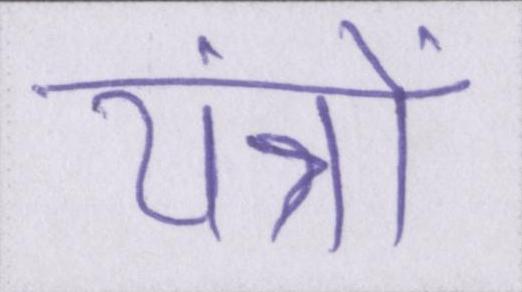
यंत्रों